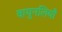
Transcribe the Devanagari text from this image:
वायुनलियाँ